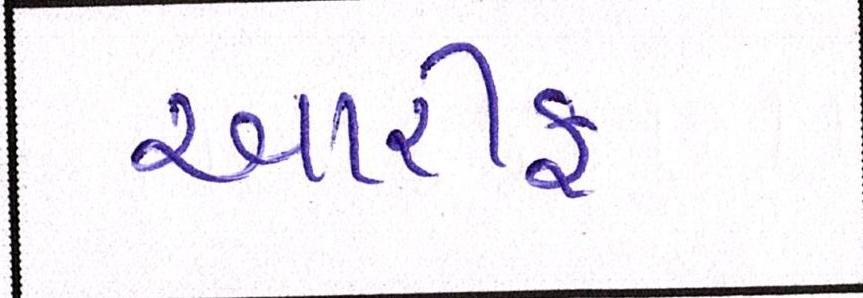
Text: આરીફ